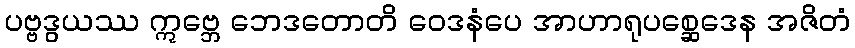
ပဗ္ဗဒွယဿ ဣဗ္ဘေ ဘေဒတောတိ ဝေဒနံပေ အာဟာရုပစ္ဆေဒေန အဇိတံ